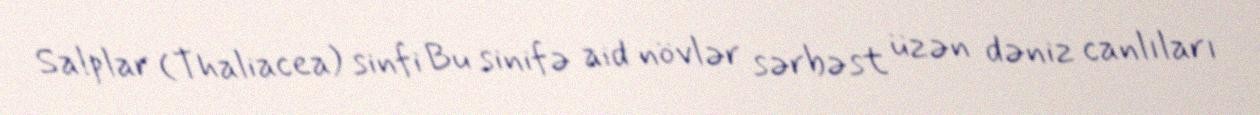
Salplar (Thaliacea) sinfi Bu sinifə aid növlər sərbəst üzən dəniz canlıları